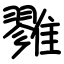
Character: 雡